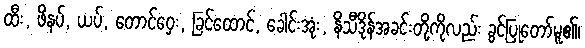
ထီး, ဖိနပ်, ယပ်, တောင်ဝှေး, ခြင်ထောင်, ခေါင်းအုံး, နိသီဒိုန်အခင်းတို့ကိုလည်း ခွင့်ပြုတော်မူ၏၊